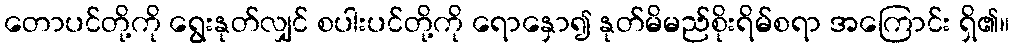
တောပင်တို့ကို ရွေးနုတ်လျှင် စပါးပင်တို့ကို ရောနှော၍ နုတ်မိမည်စိုးရိမ်စရာ အကြောင်း ရှိ၏။